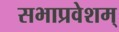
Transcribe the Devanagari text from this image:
सभाप्रवेशम्